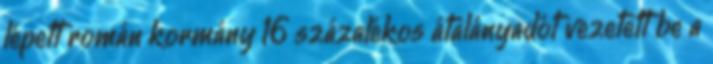
lépett román kormány 16 százalékos átalányadót vezetett be a